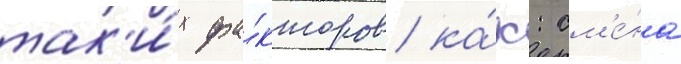
так'и́х фа́кторов ка́к: см'е́на